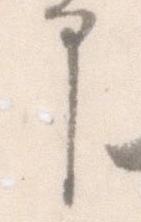
申